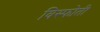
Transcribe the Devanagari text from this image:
विस्फोती